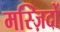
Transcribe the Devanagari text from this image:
मस्ज़िदों